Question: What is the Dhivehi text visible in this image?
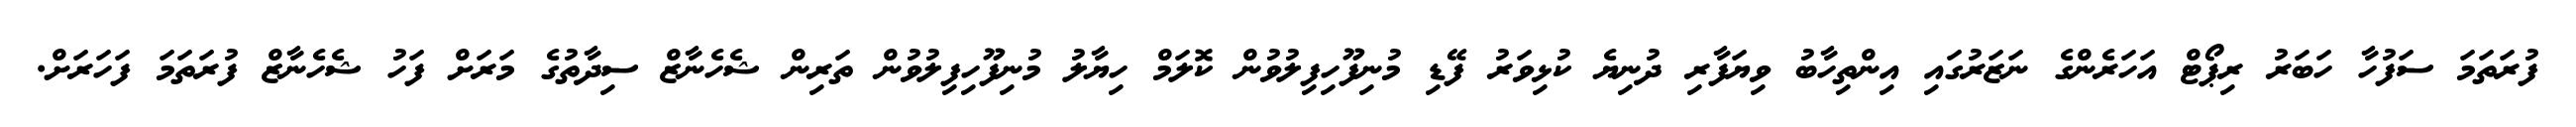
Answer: ފުރަތަމަ ސަފުހާ ހަބަރު ރިޕޯޓް އަހަރެންގެ ނަޒަރުގައި އިންތިހާބު ވިޔަފާރި ދުނިޔެ ކުޅިވަރު ފޭޑި މުނިފޫހިފިލުވުން ކޮލަމް ހިޔާލު މުނިފޫހިފިލުވުން ތަރިން ޝެހެނާޒް ސިދާތުގެ މަރަށް ފަހު ޝެހެނާޒް ފުރަތަމަ ފަހަރަށް.